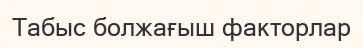
Табыс болжағыш факторлар